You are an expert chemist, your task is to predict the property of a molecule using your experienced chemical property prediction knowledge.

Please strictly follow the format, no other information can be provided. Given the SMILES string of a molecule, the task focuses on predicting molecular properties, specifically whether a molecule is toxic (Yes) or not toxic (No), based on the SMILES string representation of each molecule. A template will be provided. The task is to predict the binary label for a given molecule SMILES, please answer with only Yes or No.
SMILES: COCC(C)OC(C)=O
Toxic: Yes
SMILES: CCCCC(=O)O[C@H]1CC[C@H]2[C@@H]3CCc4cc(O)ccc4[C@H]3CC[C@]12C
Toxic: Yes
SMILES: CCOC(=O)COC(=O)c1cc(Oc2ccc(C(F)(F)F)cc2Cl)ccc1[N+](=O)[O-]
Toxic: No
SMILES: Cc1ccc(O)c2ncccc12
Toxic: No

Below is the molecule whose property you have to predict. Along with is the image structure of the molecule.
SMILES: C=CCOC(=O)c1ccc(C(=O)OCC=C)c(C(=O)OCC=C)c1
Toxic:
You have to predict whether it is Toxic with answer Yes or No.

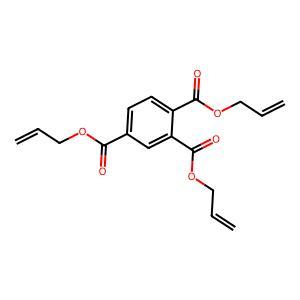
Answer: No